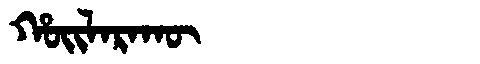
Manchu: ᡥᠣᡳᠯᠠᡵᠠᡴᡡ
Romanization: HOILARAKŪ